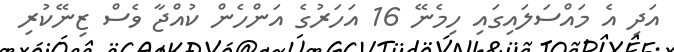
އަދި އެ މައްސަލައިގައި ހިމެނޭ 16 އަހަރުގެ އަންހެން ކުއްޖާ ވެސް ޒިނޭކުރި